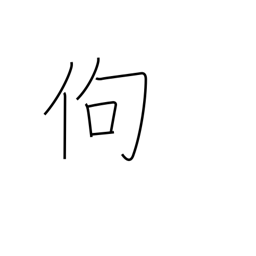
Meaning: stooped over